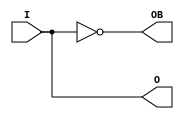
//

module OBUFDS(output O, output OB, input I);
   assign O = I;
   assign OB = ~I;
endmodule

module BUFG(output O, input I);
   assign O = I;
endmodule

module BUFGMUX(output O, input S, input I1, input I0);
   assign O = S ? I1 : I0;
endmodule

module PLL_BASE(	
		output CLKFBOUT,
		output CLKOUT0,
		output CLKOUT1,
		output CLKOUT2,
		output CLKOUT3,
		output CLKOUT4,
		output CLKOUT5,
		output LOCKED,
		input  RST,
		input  CLKFBIN,
		input  CLKIN
			);

   parameter BANDWIDTH = 0;
   parameter CLK_FEEDBACK = 0;
   parameter COMPENSATION = 0;
   parameter DIVCLK_DIVIDE = 0;
   parameter CLKFBOUT_MULT = 0;
   parameter CLKFBOUT_PHASE = 0;

   parameter CLKOUT0_DIVIDE = 0;
   parameter CLKOUT0_PHASE = 0;
   parameter CLKOUT0_DUTY_CYCLE = 0;

   parameter CLKOUT1_DIVIDE = 0;
   parameter CLKOUT1_PHASE = 0;
   parameter CLKOUT1_DUTY_CYCLE = 0;

   parameter CLKOUT2_DIVIDE = 0;
   parameter CLKOUT2_PHASE = 0;
   parameter CLKOUT2_DUTY_CYCLE = 0;

   parameter CLKIN_PERIOD = 0;
   parameter REF_JITTER = 0;

   assign CLKOUT0 = CLKIN;
   assign CLKOUT1 = CLKIN;
   assign CLKOUT2 = CLKIN;

endmodule